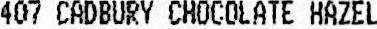
407 CADBURY CHOCOLATE HAZEL